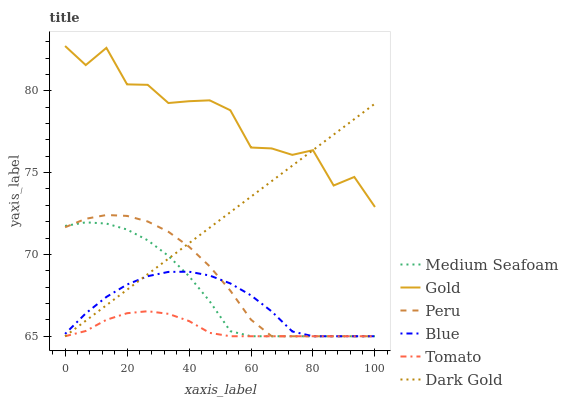
| xaxis_label | Medium Seafoam | Gold | Peru | Blue | Tomato | Dark Gold |
 | --- | --- | --- | --- | --- | --- | --- |
 | 0 | 71.7 | 82.7 | 71.7 | 65.1 | 65 | 65 |
 | 6.67 | 72 | 81.6 | 72.2 | 66.4 | 65.3 | 65.9 |
 | 13.3 | 71.9 | 82.6 | 72.4 | 67.4 | 66 | 66.9 |
 | 20 | 71.5 | 80.4 | 72.4 | 68.2 | 66.4 | 67.8 |
 | 26.7 | 70.9 | 80.4 | 72 | 68.7 | 66.5 | 68.8 |
 | 33.3 | 69.9 | 79.3 | 71.4 | 68.9 | 66.4 | 69.7 |
 | 40 | 68.7 | 79.4 | 70.5 | 68.9 | 65.9 | 70.7 |
 | 46.7 | 67.1 | 79.4 | 69.3 | 68.7 | 65.2 | 71.6 |
 | 53.3 | 65.3 | 78.8 | 67.8 | 68.2 | 65 | 72.6 |
 | 60 | 65 | 76.5 | 66 | 67.5 | 65 | 73.5 |
 | 66.7 | 65 | 76.5 | 65 | 66.5 | 65 | 74.5 |
 | 73.3 | 65 | 76.1 | 65 | 65.3 | 65 | 75.4 |
 | 80 | 65 | 76.4 | 65 | 65 | 65 | 76.4 |
 | 86.7 | 65 | 74.2 | 65 | 65 | 65 | 77.3 |
 | 93.3 | 65 | 74.7 | 65 | 65 | 65 | 78.3 |
 | 100 | 65 | 72.9 | 65 | 65 | 65 | 79.2 |